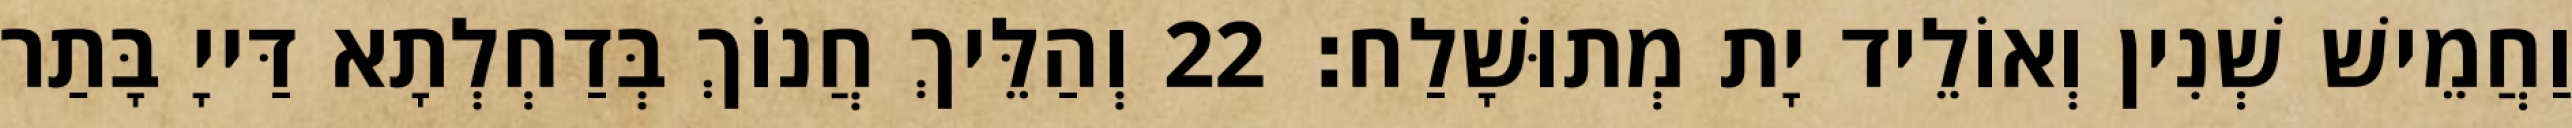
וַחֲמֵישׁ שְׁנִין וְאוֹלֵיד יָת מְתוּשָׁלַח׃ 22 וְהַלֵּיךְ חֲנוֹךְ בְּדַחְלְתָא דַּייָ בָּתַר